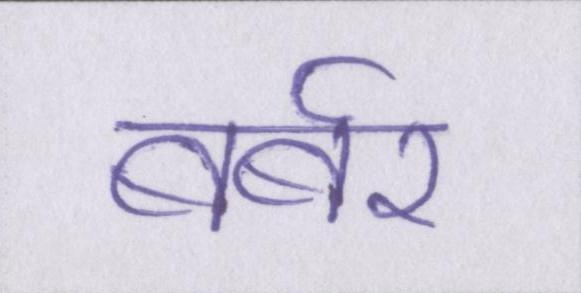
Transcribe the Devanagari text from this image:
बर्बर